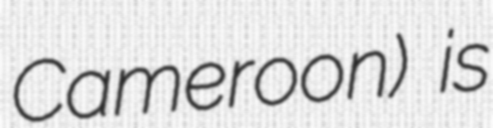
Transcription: Cameroon) is